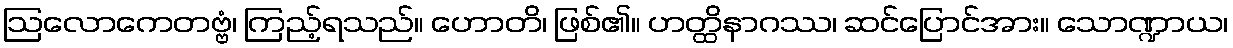
ဩလောကေတဗ္ဗံ၊ ကြည့်ရသည်။ ဟောတိ၊ ဖြစ်၏။ ဟတ္ထိနာဂဿ၊ ဆင်ပြောင်အား။ သောဏ္ဍာယ၊